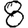
Digit: 8